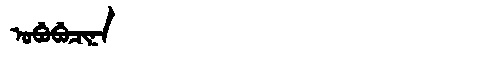
Manchu: ᠣᠪᡠᠪᡠᠴᡳᠨᠠ
Romanization: OBUBUCINA